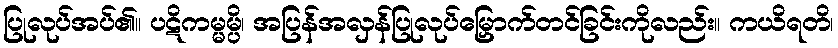
ပြုလုပ်အပ်၏။ ပဋိကမ္မမ္ပိ၊ အပြန်အလှန်ပြုလုပ်မြှောက်တင်ခြင်းကိုလည်း။ ကယိရတိ၊